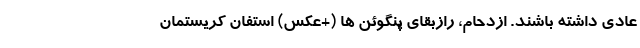
عادی داشته باشند. ازدحام، رازبقای پنگوئن ‌ها (+عکس) استفان کریستمان